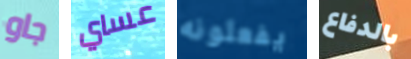
جاو عساي يفعلونه بالدفاع